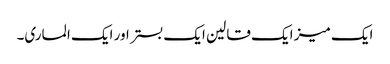
ایک میز ایک قالین ایک بستر اور ایک الماری۔